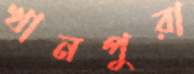
খানপুরা